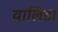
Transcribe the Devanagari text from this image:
वालिडा